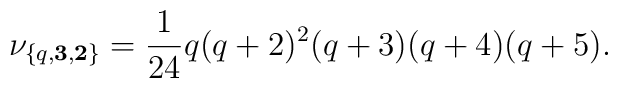
\nu_{\{q,{\bf 3},{\bf 2}\}} = {1\over 24}q(q+2)^2(q+3)(q+4)(q+5).